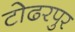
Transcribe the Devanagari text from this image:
टोढरपुर